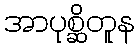
အာပုစ္ဆိတူန